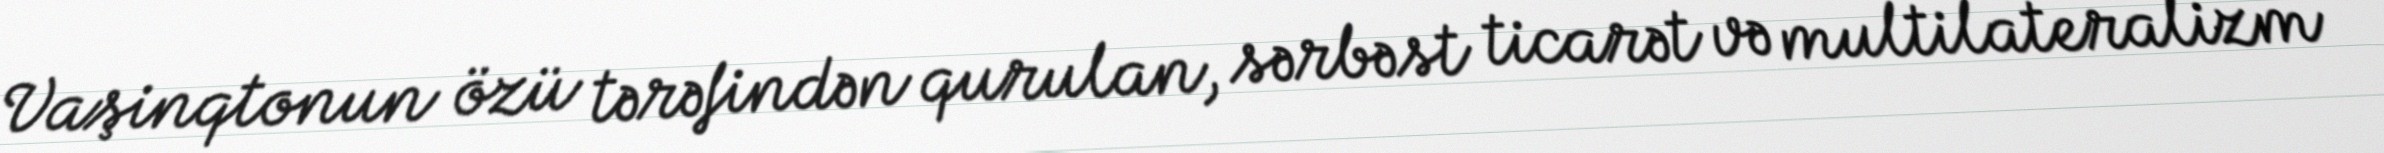
Vaşinqtonun özü tərəfindən qurulan, sərbəst ticarət və multilateralizm